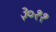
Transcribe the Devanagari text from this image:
३०११